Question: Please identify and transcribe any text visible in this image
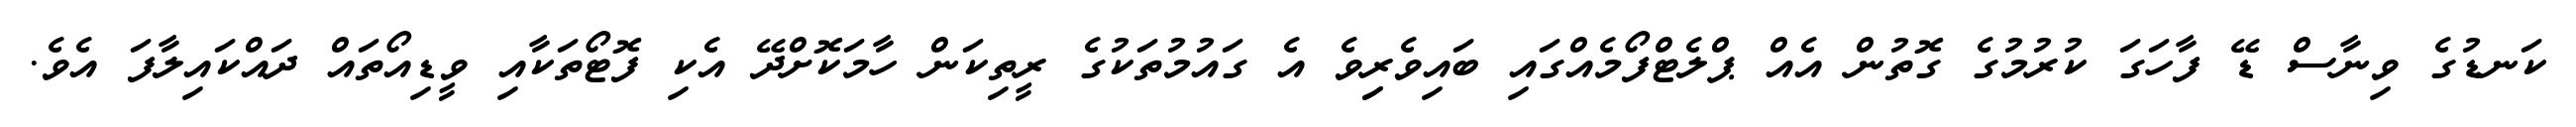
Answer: ކަނޑުގެ ވިނާސް ޑޭ ފާހަގަ ކުރުމުގެ ގޮތުން އެއް ޕްލެޓްފޯމެއްގައި ބައިވެރިިވެ އެ ގައުމުތަކުގެ ރީތިކަން ހާމަކޮށްދޭ އެކި ފޮޓޯތަކާއި ވީޑިއޯތައް ދައްކައިލާފަ އެވެ.